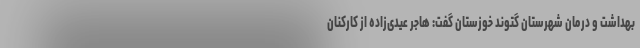
بهداشت و درمان شهرستان گتوند خوزستان گفت: هاجر عیدی‌زاده از کارکنان